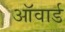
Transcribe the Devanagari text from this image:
ऑवार्ड